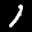
Label: 1